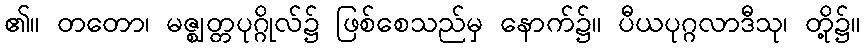
၏။ တတော၊ မဇ္ဈတ္တပုဂ္ဂိုလ်၌ ဖြစ်စေသည်မှ နောက်၌။ ပီယပုဂ္ဂလာဒီသု၊ တို့၌။